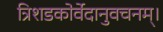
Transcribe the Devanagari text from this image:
त्रिशडकोर्वेदानुवचनम्।